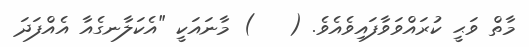
މާތް ވަޙީ ކުރައްވަވާފައިވެއެވެ. (   ) މާނައަކީ "އެކަލާނގެއާ އެއްފަދަ